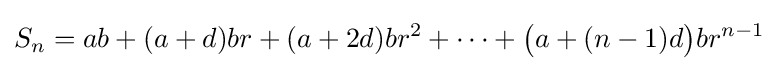
S_{n}=ab+(a+d)br+(a+2d)br^{2}+\cdots +{\bigl (}a+(n-1)d{\bigr )}br^{n-1}